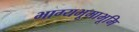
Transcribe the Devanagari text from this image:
भाग्यभूमाभूमि